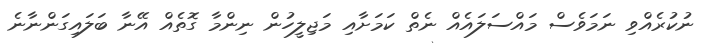
ނުކުރެއްވި ނަމަވެސް މައްސަލައެއް ނެތް ކަމަށާއި މަޖިލީހުން ނިންމާ ގޮތެއް އޭނާ ބަލައިގަންނާނެ